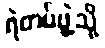
ရဲတပ်ဖွဲ့သို့